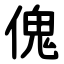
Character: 傀